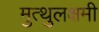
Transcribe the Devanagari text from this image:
मुत्थुलक्षमी